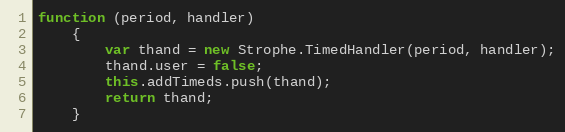
Language: JavaScript
function (period, handler)
    {
        var thand = new Strophe.TimedHandler(period, handler);
        thand.user = false;
        this.addTimeds.push(thand);
        return thand;
    }